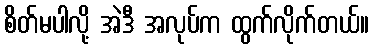
စိတ်မပါလို့ အဲဒီ အလုပ်က ထွက်လိုက်တယ်။